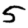
Digit: 5